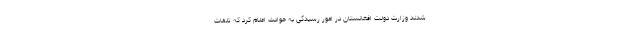
شدند وزارت دولت افغانستان در امور رسید‌گی به حوادث اعلام کرد که تلفات